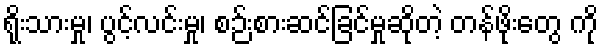
ရိုးသားမှု၊ ပွင့်လင်းမှု၊ စဉ်းစားဆင်ခြင်မှုဆိုတဲ့ တန်ဖိုးတွေ ကို